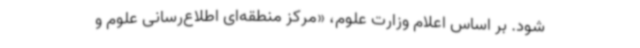
شود. بر اساس اعلام وزارت علوم، «مرکز منطقه‌ای اطلاع‌رسانی علوم و